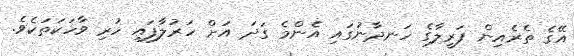
އޭގެ ތެރެއިން ފަރީލާގެ ހަނދާނުގައި އެންމެ ގަދަ އަށް ހަރުލާފައި ހުރި ވާހަކަތަކެވެ.